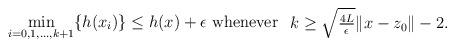
LaTeX: \begin{align*}\min_{i=0,1,\dots,k+1}\{h(x_{i})\}\leq h(x)+\epsilon\mbox{ whenever }\begin{array}{c}k\geq\sqrt{\frac{4L}{\epsilon}}\|x-z_{0}\|-2.\end{array}\end{align*}